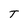
Character: T